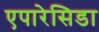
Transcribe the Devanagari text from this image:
एपारेसिडा